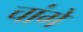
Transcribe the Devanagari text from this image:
चांगे